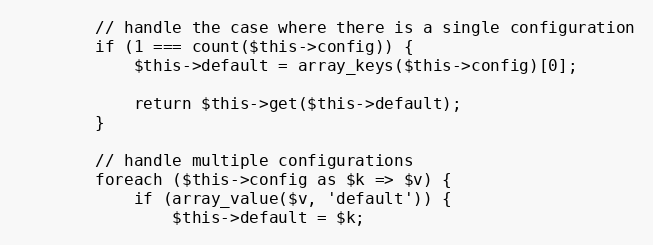
Language: PHP
        // handle the case where there is a single configuration
        if (1 === count($this->config)) {
            $this->default = array_keys($this->config)[0];

            return $this->get($this->default);
        }

        // handle multiple configurations
        foreach ($this->config as $k => $v) {
            if (array_value($v, 'default')) {
                $this->default = $k;